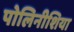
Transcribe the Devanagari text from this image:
पोलिनीशिया